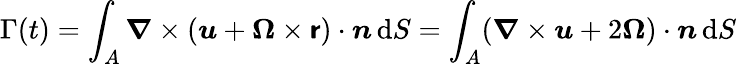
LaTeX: \Gamma(t)=\int_{A}{\boldsymbol{\nabla}}\times({\boldsymbol{u}}+{\boldsymbol{\Omega}}\times{\boldsymbol{\mathsf{r}}})\cdot{\boldsymbol{n}}\, \mathrm{{d}}S=\int_{A}({\boldsymbol{\nabla}}\times{\boldsymbol{u}}+2{\boldsymbol{\Omega}})\cdot{\boldsymbol{n}}\, \mathrm{{d}}S